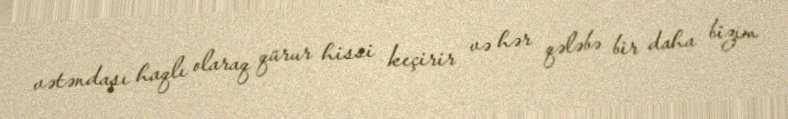
vətəndaşı haqlı olaraq qürur hissi keçirir və hər qələbə bir daha bizim